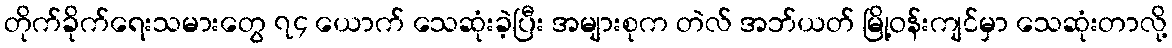
တိုက်ခိုက်ရေးသမားတွေ ၇၄ ယောက် သေဆုံးခဲ့ပြီး အများစုက တဲလ် အဘ်ယတ် မြို့ဝန်းကျင်မှာ သေဆုံးတာလို့